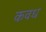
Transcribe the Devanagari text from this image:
कवध